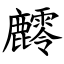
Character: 䴫